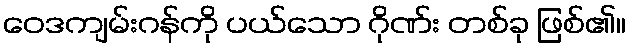
ဝေဒကျမ်းဂန်ကို ပယ်သော ဂိုဏ်း တစ်ခု ဖြစ်၏။